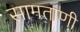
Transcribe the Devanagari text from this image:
सामताणी